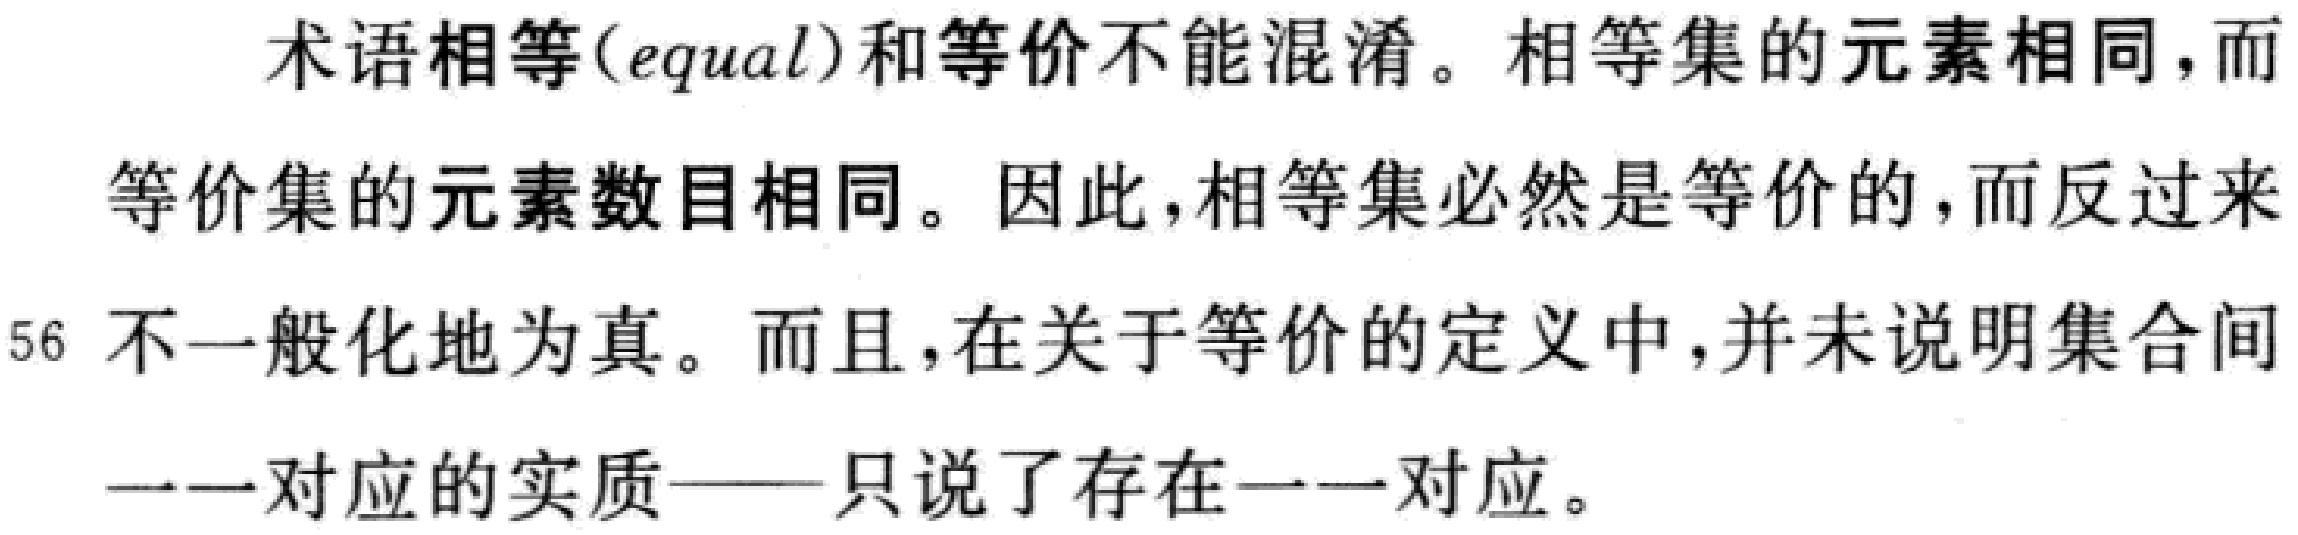
术语相等(\(equal\))和等价不能混淆。相等集的元素相同，而等价集的元素数目相同。因此，相等集必然是等价的，而反过来56不一般化地为真。而且，在关于等价的定义中，并未说明集合间一一对应的实质——只说了存在一一对应。